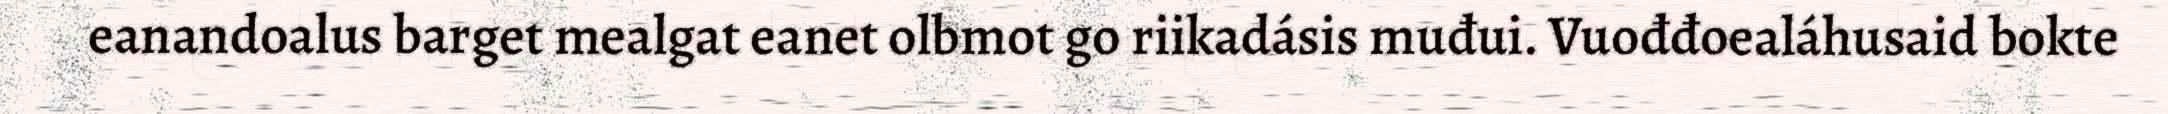
eanandoalus barget mealgat eanet olbmot go riikadásis muđui. Vuođđoealáhusaid bokte